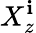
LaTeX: X_{z}^{\mathbf{i}}